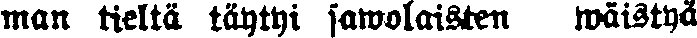
man tieltä täytyi sawolaisten wäistyä